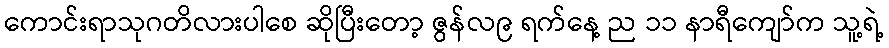
ကောင်းရာသုဂတိလားပါစေ ဆိုပြီးတော့ ဇွန်လ၉ ရက်နေ့ ည ၁၁ နာရီကျော်က သူ့ရဲ့